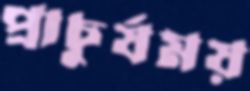
প্রাচুর্যময়